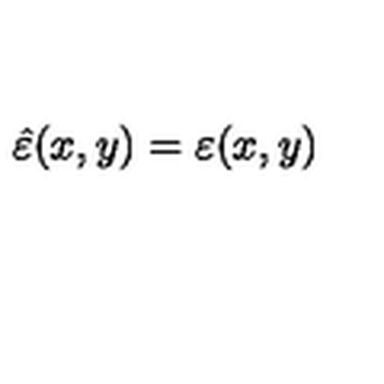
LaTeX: \hat { \varepsilon } ( x , y ) = \varepsilon ( x , y )